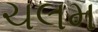
ચલમ